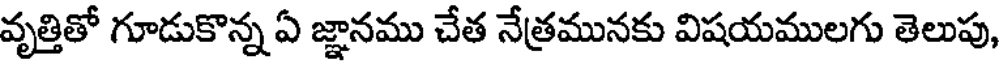
వృత్తితో గూడుకొన్న ఏ జ్ఞానము చేత నేత్రమునకు విషయములగు తెలుపు,